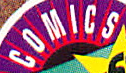
COMICS